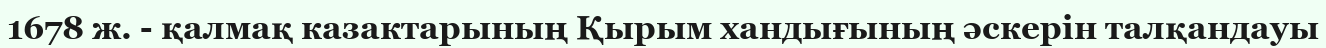
1678 ж. - қалмақ казактарының Қырым хандығының әскерін талқандауы